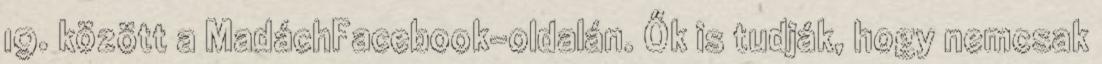
19. között a MadáchFacebook-oldalán. Ők is tudják, hogy nemcsak